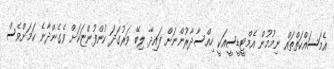
އެމަސައްކަތްތައް ނިމުމުން އެމްޓީޑީސީއަކީ ހިއްސާދާރުންނަށް ފައިދާ ލިބޭ ވަރުގަދަ ކުންފުންޏަކަށް ވެގެންދާނެ ކަމަށްވެސް